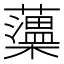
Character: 𧃾